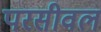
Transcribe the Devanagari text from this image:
परसीवल